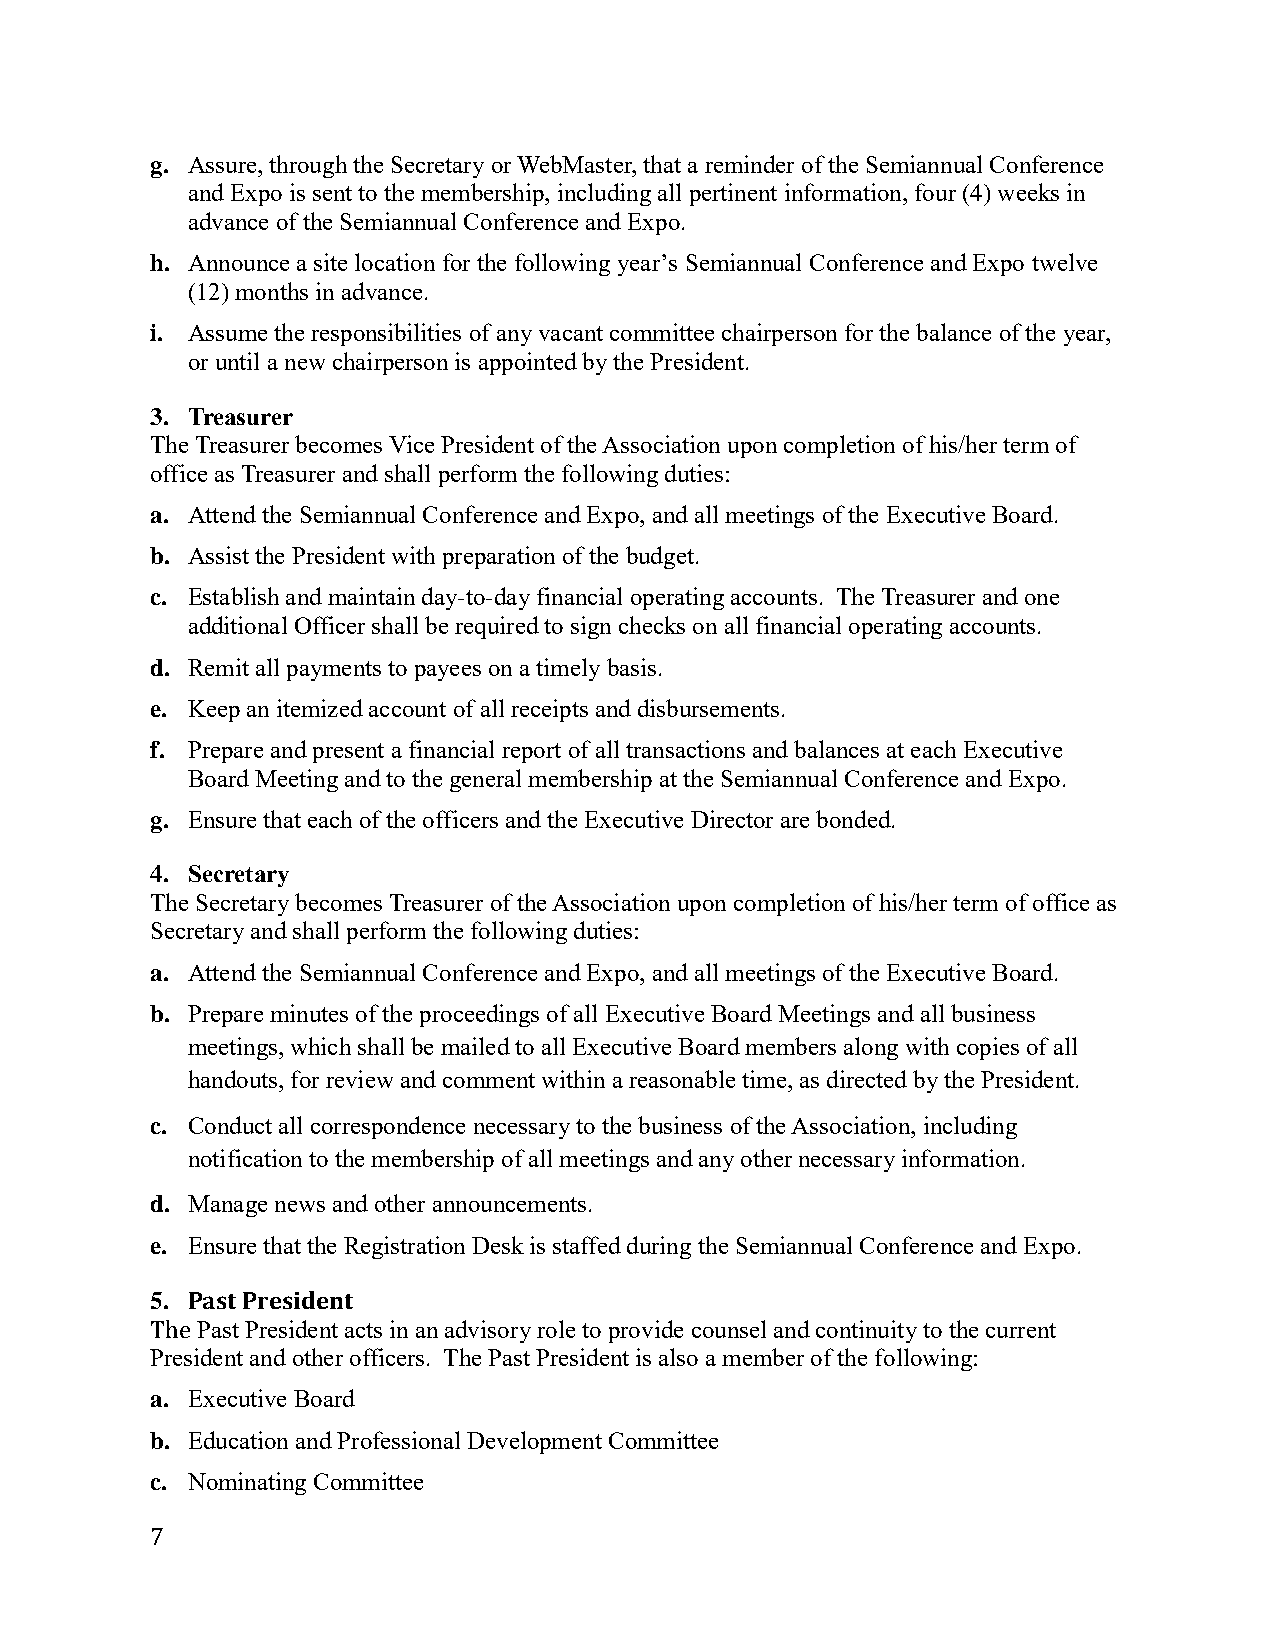
g. Assure, through the Secretary or WebMaster, that a reminder of the Semiannual Conference
 and Expo is sent to the membership, including all pertinent information, four (4) weeks in
 advance of the Semiannual Conference and Expo.
 h. Announce a site location for the following year’s Semiannual Conference and Expo twelve
 (12) months in advance.
 i. Assume the responsibilities of any vacant committee chairperson for the balance of the year,
 or until a new chairperson is appointed by the President.
 3. Treasurer
 The Treasurer becomes Vice President of the Association upon completion of his/her term of
 office as Treasurer and shall perform the following duties:
 a. Attend the Semiannual Conference and Expo, and all meetings of the Executive Board.
 b. Assist the President with preparation of the budget.
 c. Establish and maintain day-to-day financial operating accounts. The Treasurer and one
 additional Officer shall be required to sign checks on all financial operating accounts.
 d. Remit all payments to payees on a timely basis.
 e. Keep an itemized account of all receipts and disbursements.
 f. Prepare and present a financial report of all transactions and balances at each Executive
 Board Meeting and to the general membership at the Semiannual Conference and Expo.
 g. Ensure that each of the officers and the Executive Director are bonded.
 4. Secretary
 The Secretary becomes Treasurer of the Association upon completion of his/her term of office as
 Secretary and shall perform the following duties:
 a. Attend the Semiannual Conference and Expo, and all meetings of the Executive Board.
 b. Prepare minutes of the proceedings of all Executive Board Meetings and all business
 meetings, which shall be mailed to all Executive Board members along with copies of all
 handouts, for review and comment within a reasonable time, as directed by the President.
 c. Conduct all correspondence necessary to the business of the Association, including
 notification to the membership of all meetings and any other necessary information.
 d. Manage news and other announcements.
 e. Ensure that the Registration Desk is staffed during the Semiannual Conference and Expo.
 5. Past President
 The Past President acts in an advisory role to provide counsel and continuity to the current
 President and other officers. The Past President is also a member of the following:
 a. Executive Board
 b. Education and Professional Development Committee
 c. Nominating Committee
 7